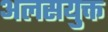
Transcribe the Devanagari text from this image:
अलसयुक्त